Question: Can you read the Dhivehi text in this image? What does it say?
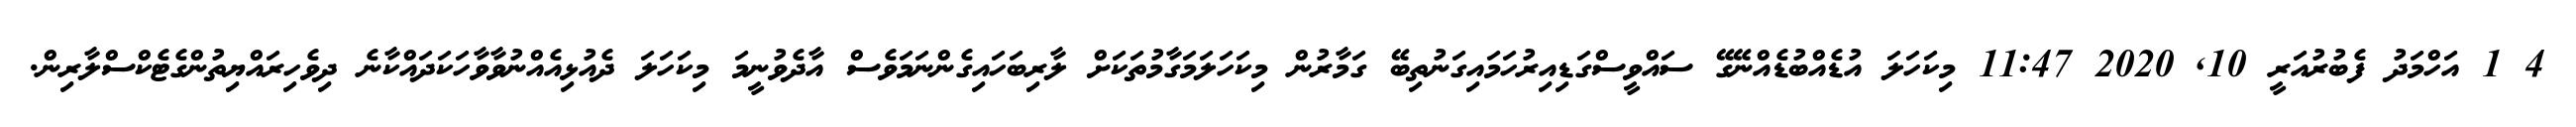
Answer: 4 1 އަހްމަދު ފެބުރުއަރީ 10, 2020 11:47 މިކަހަލަ އުޑެއްބުޑެއްނޭގޭ ސައްވީސްގަޑިއިރުހަމައިގަނުތިބޭ ގަމާރުން މިކަހަލަމަގާމުތަކަށް ލާރިބަހައިގެންނަމަވެސް އާދެވުނީމަ މިކަހަލަ ދެއުޅިއެއްނުވާވާހަކަދައްކާނެ ދިވެހިރައްޔިތުންގެޓެކްސްލާރިން.